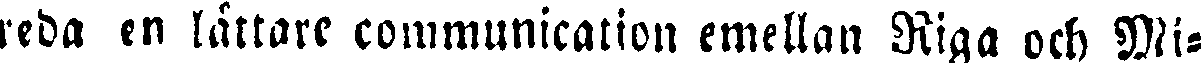
reda en lättare communication emellan Riga och Mi-